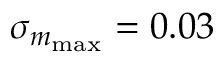
\sigma _ { m _ { \mathrm { m a x } } } = 0 . 0 3